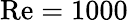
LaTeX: \mathrm{Re}=1000